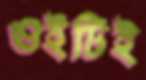
ওইটিই